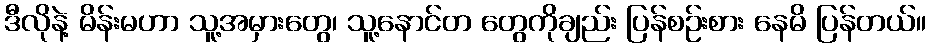
ဒီလိုနဲ့ မိန်းမဟာ သူ့အမှားတွေ၊ သူ့နောင်တ တွေကိုချည်း ပြန်စဉ်းစား နေမိ ပြန်တယ်။